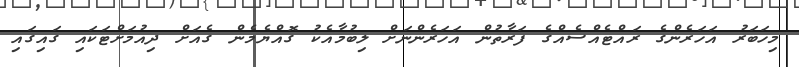
މިހަބަރު އަހަރެންގެ ރައްޓެއްސެއްގެ ފަރާތުން އަހަރެންނަށް ލިބުމާއެކު ގޮއްޔެމެން ގެއަށް ދިއުމަށްޓަކައި ގައިގައި